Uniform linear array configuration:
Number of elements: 32
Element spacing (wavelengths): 1
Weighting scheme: cosine
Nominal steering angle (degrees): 30
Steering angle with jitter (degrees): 28.238
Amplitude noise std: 0.05
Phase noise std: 0.05

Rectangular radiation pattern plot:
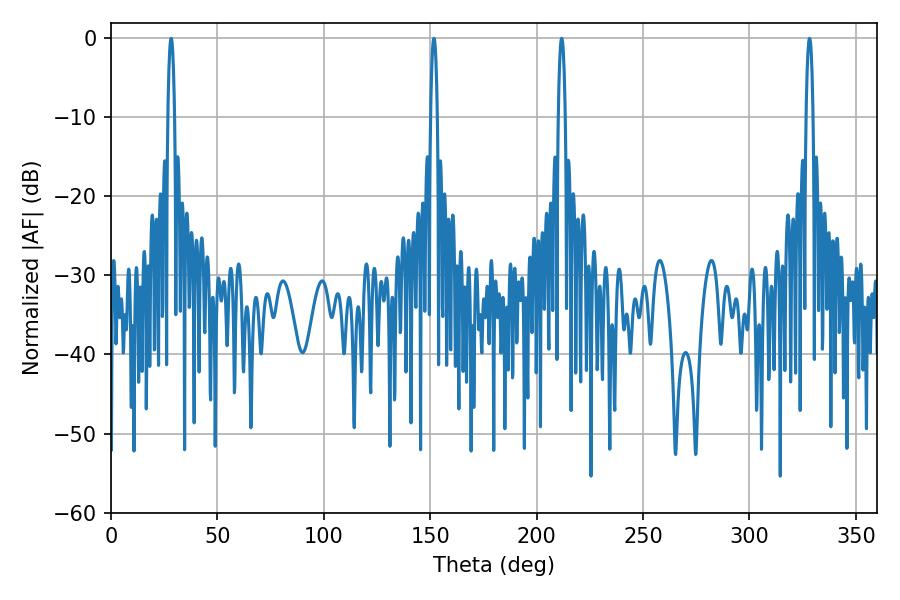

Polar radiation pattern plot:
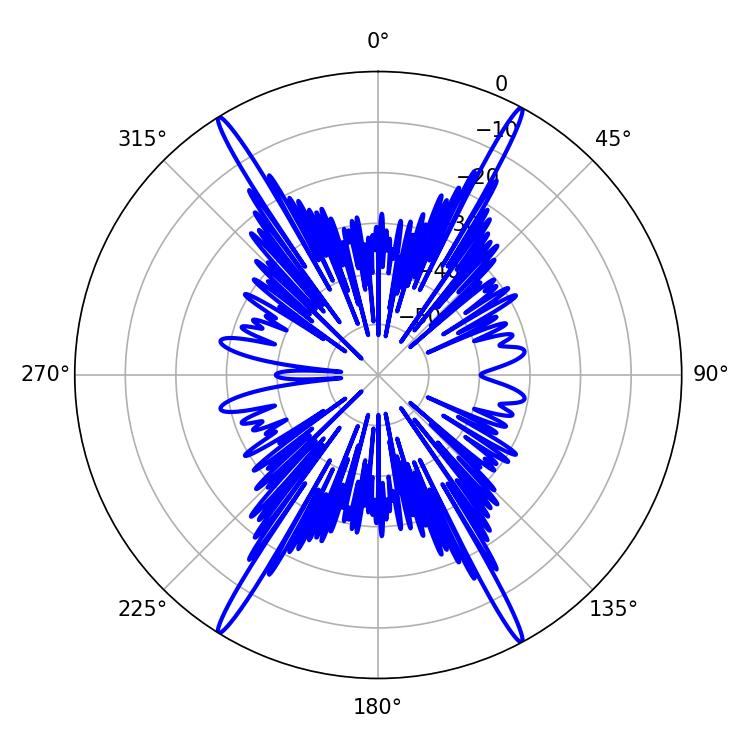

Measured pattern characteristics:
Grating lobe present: TRUE
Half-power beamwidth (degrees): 1.8
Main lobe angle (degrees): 28.26